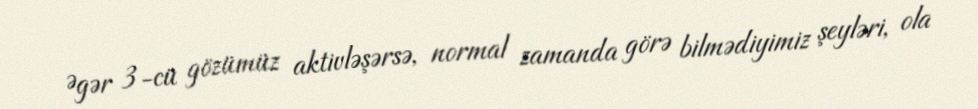
Əgər 3-cü gözümüz aktivləşərsə, normal zamanda görə bilmədiyimiz şeyləri, ola